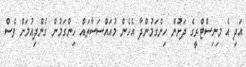
އަދި އެ މިނިސްޓްރީގެ ދަށުން ހިންގަމުންދާ އެހެން މުއައްސަސާތައް ހިންގަމުން ގެންދިއުމަށް ވެސް